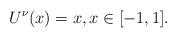
LaTeX: \begin{align*} U^{\nu}(x) = x, x \in [-1,1].\end{align*}